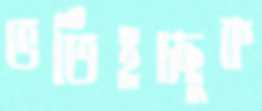
ভর্তিইচ্ছুক